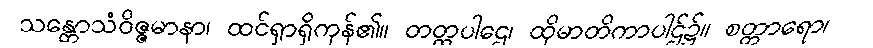
သန္တောသံဝိဇ္ဇမာနာ၊ ထင်ရှာရှိကုန်၏။ တတ္ထပါဌေ၊ ထိုမာတိကာပါဌ်၌။ စတ္တာရော၊